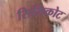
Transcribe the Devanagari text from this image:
सिमिकोट